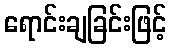
ရောင်းချခြင်းဖြင့်